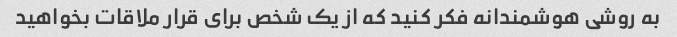
به روشی هوشمندانه فکر کنید که از یک شخص برای قرار ملاقات بخواهید